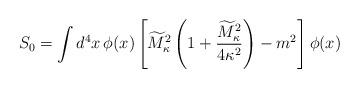
LaTeX: \begin{align*}S_{0} = \int d^{4}x \, \phi(x)\left[ \widetilde{M}^{2}_{\kappa} \left(1 + {\widetilde{M}^{2}_{\kappa} \over 4\kappa^{2}} \right)- m^{2}\right] \phi(x)\end{align*}